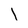
Character: l